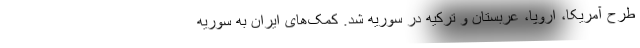
طرح آمریکا، اروپا، عربستان و ترکیه در سوریه شد. کمک‌های ایران به سوریه